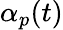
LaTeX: \alpha_{p}(t)